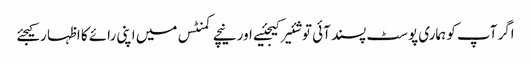
اگر آپ کو ہماری پوسٹ پسند آئی تو شئیر کیجئیے اور نیچے کمنٹس میں اپنی رائے کا اظہا رکیجئے